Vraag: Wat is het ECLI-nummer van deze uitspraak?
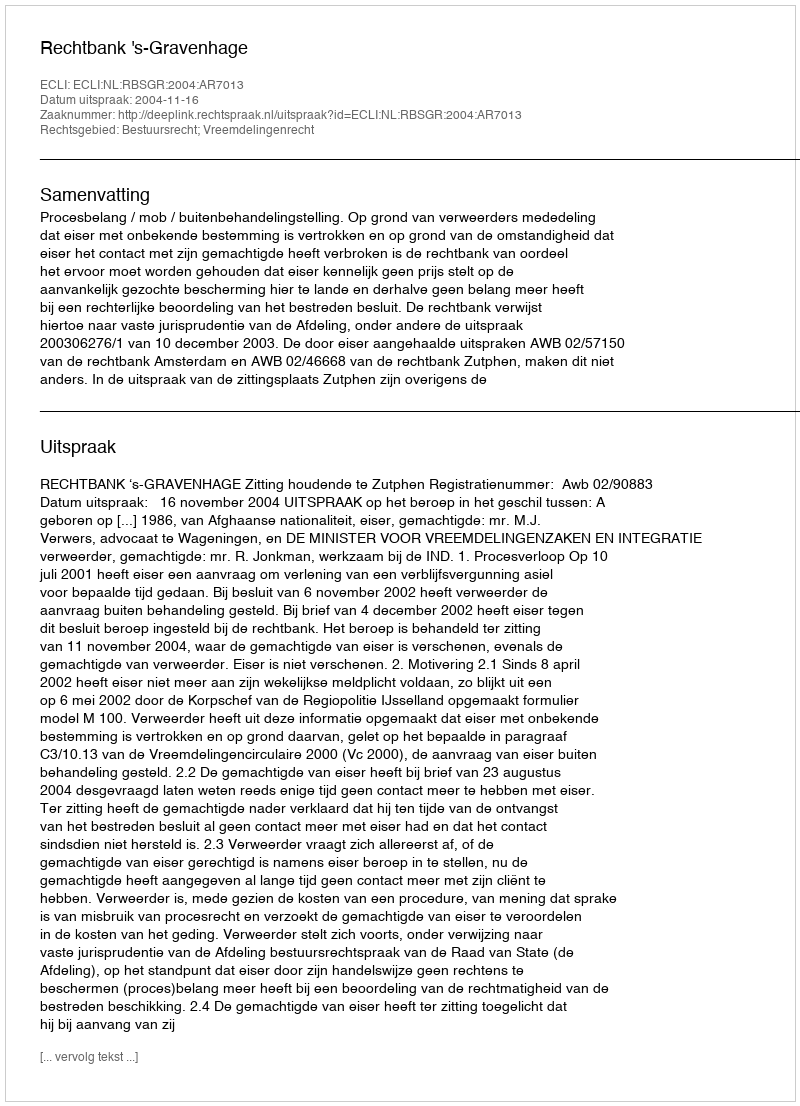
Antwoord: ECLI:NL:RBSGR:2004:AR7013